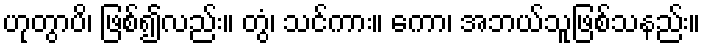
ဟုတွာပိ၊ ဖြစ်၍လည်း။ တွံ၊ သင်ကား။ ကော၊ အဘယ်သူဖြစ်သနည်း။